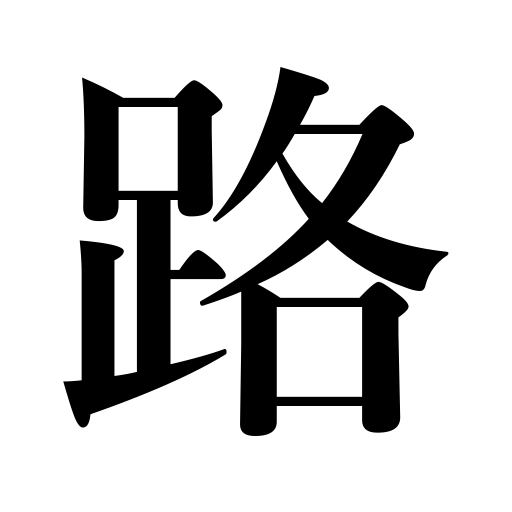
Meanings: road,route,distance,path